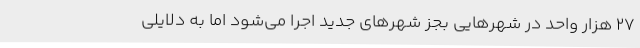
۲۷ هزار واحد در شهرهایی بجز شهرهای جدید اجرا می‌شود اما به دلایلی